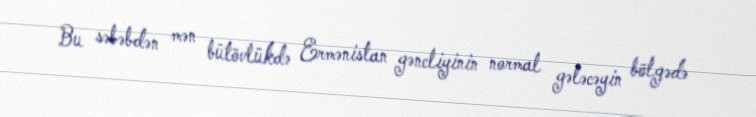
Bu səbəbdən mən bütövlükdə Ermənistan gəncliyinin normal gələcəyin bölgədə